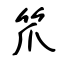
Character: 笊